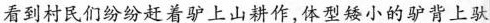
看到村民们纷纷赶着驴上山耕作，体型矮小的驴背上驮